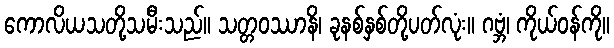
ကောလိယသတို့သမီးသည်။ သတ္တဝဿာနိ၊ ခုနစ်နှစ်တို့ပတ်လုံး။ ဂဗ္ဘံ၊ ကိုယ်ဝန်ကို။